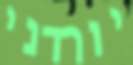
יורדני